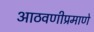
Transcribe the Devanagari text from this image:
आठवणीप्रमाणे